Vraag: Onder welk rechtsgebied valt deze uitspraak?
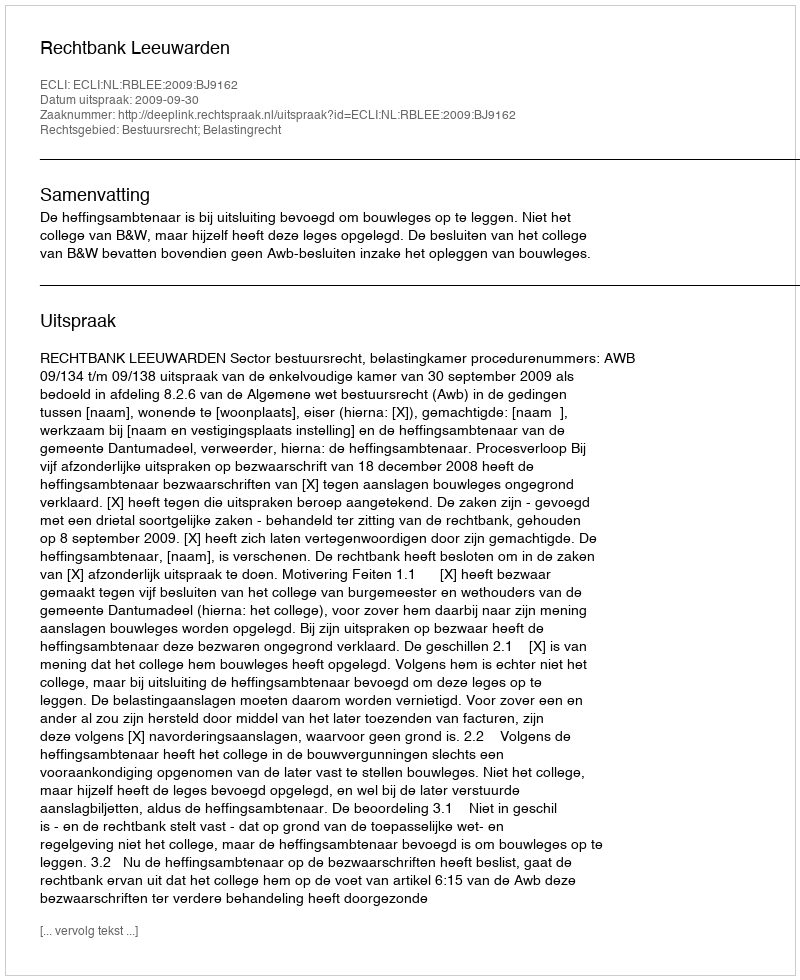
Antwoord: Bestuursrecht; Belastingrecht